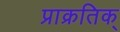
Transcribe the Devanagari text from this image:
प्राक्रतिक्